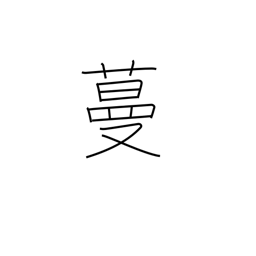
Meaning: sprawl